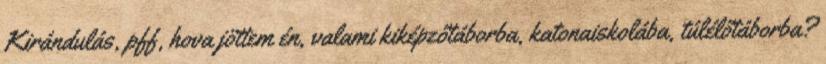
Kirándulás, pff, hova jöttem én, valami kiképzőtáborba, katonaiskolába, túlélőtáborba?